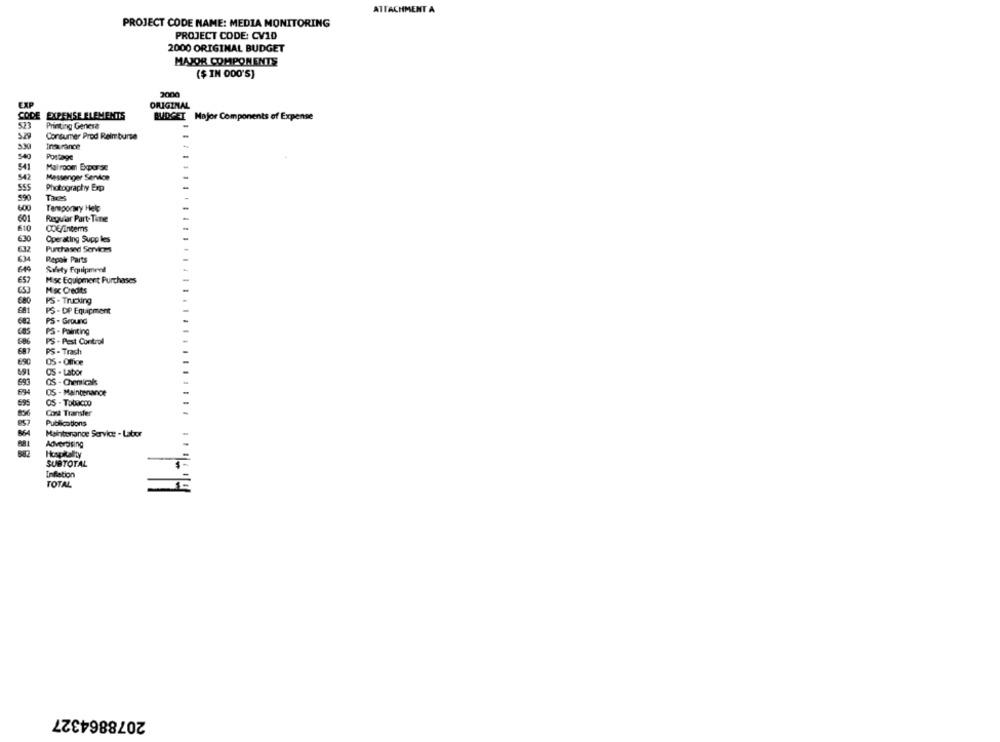
ATTACHMENT A
PROJECT CODE NAME: MEDIA MONITORING
PROJECT CODE: CV10
2000 ORIGINAL BUDGET
MAJOR COMPONENTS
($ IN 000'5)
2000
ORIGINAL
CODE EXPENSE ELEMENTS
BUDGET Major Components of Expense
Printing Genera
5.29
Consumer Prod Reimburse
Inaurance
540
Portage
541
Mai room Exporsc
Messenger Servidoe
Photography Exp
590
Taxes
Temporary Help
601
Regular Part-Time
610
COE/Enters
630
Operating Supp les
€32
Purchased Services
Repair Parts
Safety Equipment
657
Misc Equipment Purchases
653
Hisc Credits
680
PS - Trucking
681
PS - DP Equipment
PS - Ground
682
PS - Painting
PS - Pest Control
PS - Trash
690
05 - Office
691
OS - Labor
OS - Chemical
694
OS - Maintenance
695
OS - Tobacco
8:56
Cona Transfer
857
Publications
Maintenance Service - Labor
Advertising
Hospitality
SUBTOTAL
Inflation
TOTAL
2078864327